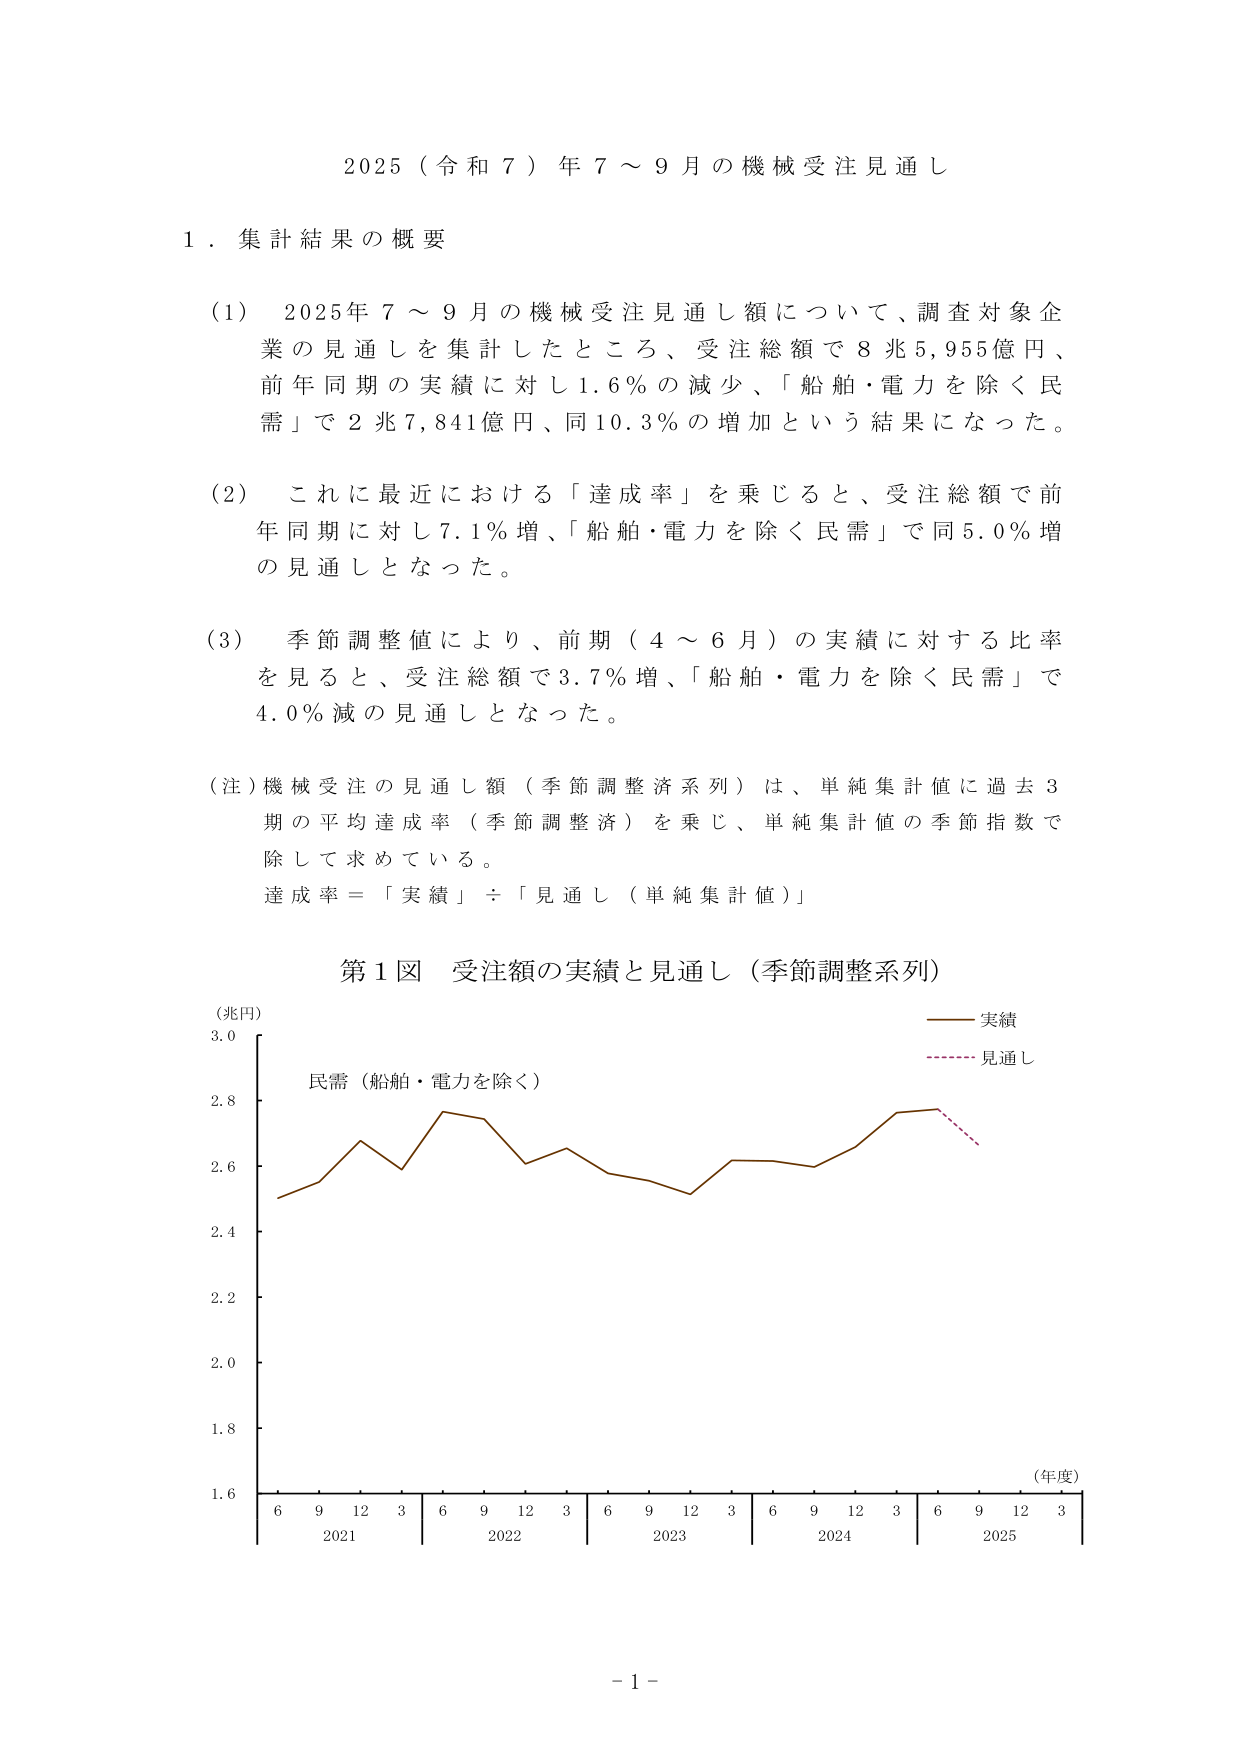
2025（令和7）年7～9月の機械受注見通し

1．集計結果の概要

（1）2025年7～9月の機械受注見通し額について、調査対象企業の見通しを集計したところ、受注総額で8兆5,955億円、前年同期の実績に対し1.6％の減少、「船舶・電力を除く民需」で2兆7,841億円、同10.3％の増加という結果になった。

（2）これに最近における「達成率」を乗じると、受注総額で前年同期に対し7.1％増、「船舶・電力を除く民需」で同5.0％増の見通しとなった。

（3）季節調整値により、前期（4～6月）の実績に対する比率を見ると、受注総額で3.7％増、「船舶・電力を除く民需」で4.0％減の見通しとなった。

（注）機械受注の見通し額（季節調整済系列）は、単純集計値に過去3期の平均達成率（季節調整済）を乗じ、単純集計値の季節指数で除して求めている。
達成率＝「実績」÷「見通し（単純集計値）」

第1図 受注額の実績と見通し（季節調整系列）

（兆円）
3.0
2.8
2.6
2.4
2.2
2.0
1.8
1.6

民需（船舶・電力を除く）

実績
見通し

（年度）
6 9 12 3 6 9 12 3 6 9 12 3 6 9 12 3 6 9 12 3
2021 2022 2023 2024 2025

- 1 -